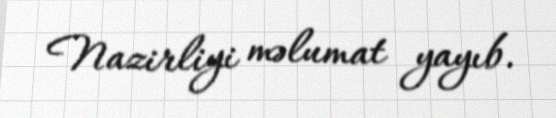
Nazirliyi məlumat yayıb.